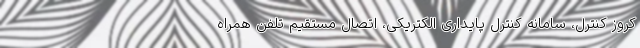
کروز کنترل، سامانه کنترل پایداری الکتریکی، اتصال مستقیم تلفن همراه